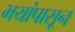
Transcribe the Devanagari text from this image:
भयांपासून